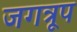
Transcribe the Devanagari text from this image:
जगत्रूप